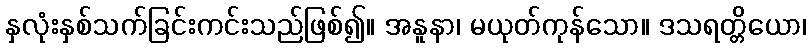
နှလုံးနှစ်သက်ခြင်းကင်းသည်ဖြစ်၍။ အနူနာ၊ မယုတ်ကုန်သော။ ဒသရတ္တိယော၊